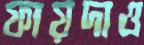
ফায়দাও